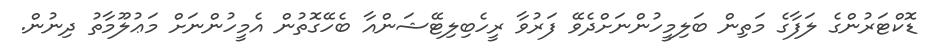
ޑޮކްޓަރުންގެ ލަފާގެ މަތިން ބަލިމީހުންނަށްދެވޭ ފަރުވާ ރީހެބިލިޓޭޝަންއާ ބެހޭގޮތުން އެމީހުންނަށް މަޢުލޫމާތު ދިނުން.